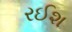
રઈશ